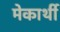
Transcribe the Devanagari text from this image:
मेकार्थी